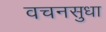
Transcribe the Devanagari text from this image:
वचनसुधा